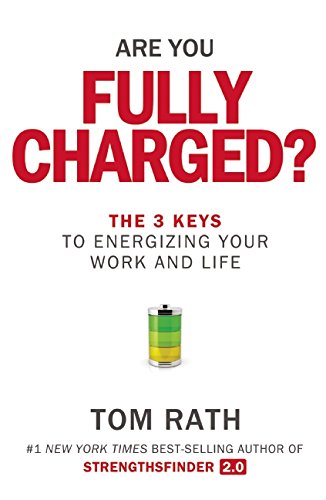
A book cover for Are You Fully Charged?: The 3 Keys to Energizing Your Work and Life; Tom Rath; Business & Money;